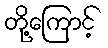
တို့ကြောင့်